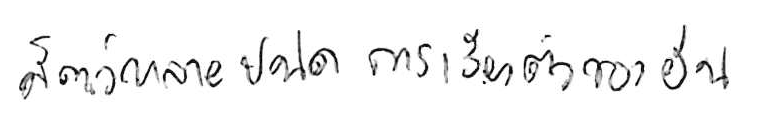
สัตว์หลายชนิดมีการเรียงตัวของยีน